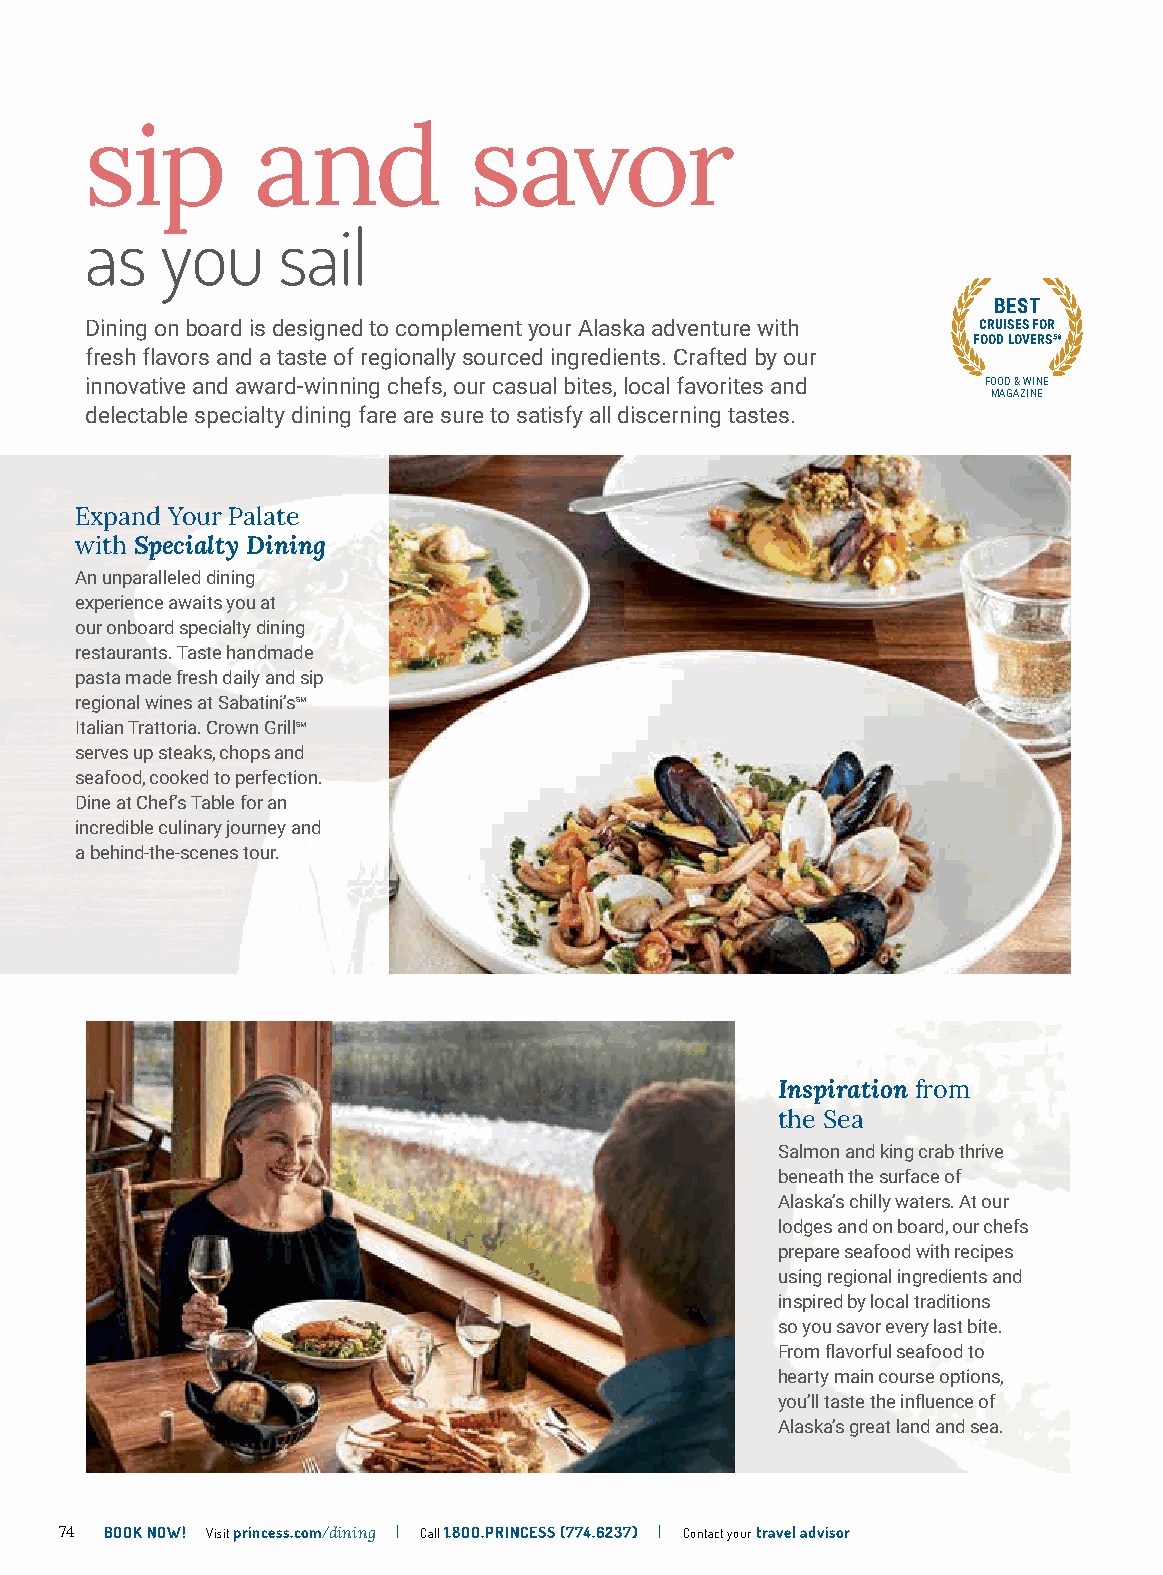
sip        and           savor
 as   you    sail
 BEST
 Dining on board is designed to complement your Alaska adventure with CRUISES FOR
 FOOD LOVERS58
 fresh flavors and a taste of regionally sourced ingredients. Crafted by our
 innovative and award-winning chefs, our casual bites, local favorites and FOOD & WINE
 MAGAZINE
 delectable specialty dining fare are sure to satisfy all discerning tastes.
 Expand Your Palate
 with Specialty Dining
 An unparalleled dining
 experience awaits you at
 our onboard specialty dining
 restaurants. Taste handmade
 pasta made fresh daily and sip
 regional wines at Sabatini’sSM
 Italian Trattoria. Crown GrillSM
 serves up steaks, chops and
 seafood, cooked to perfection.
 Dine at Chef’s Table for an
 incredible culinary journey and
 a behind-the-scenes tour.
 Inspiration from
 the Sea
 Salmon and king crab thrive
 beneath the surface of
 Alaska’s chilly waters. At our
 lodges and on board, our chefs
 prepare seafood with recipes
 using regional ingredients and
 inspired by local traditions
 so you savor every last bite.
 From flavorful seafood to
 hearty main course options,
 you’ll taste the influence of
 Alaska’s great land and sea.
 74 BOOK NOW! Visit princess.com/dining | Call 1.8OO.PRINCESS (774.6237) | Contact your travel advisor